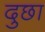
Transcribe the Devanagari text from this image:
दुछा